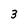
Character: 3